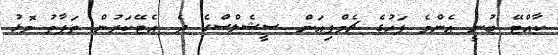
ކާއްޓޭ ބުނީ އެންމެ ފަހުގެ ޗެމްޕިއަން ސީޝެލްސްގެ ދެ އެޓޭކަރުން ތަފާތު މޮޅު